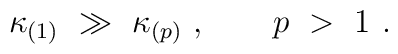
\kappa_{(1)}\ \gg\ \kappa_{(p)}\ , \qquad p\ >\ 1\ .